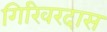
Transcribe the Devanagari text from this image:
गिरिवरदास